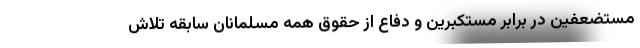
مستضعفین در برابر مستکبرین و دفاع از حقوق همه مسلمانان سابقه تلاش